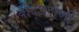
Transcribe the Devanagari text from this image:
बौद्घलेणी